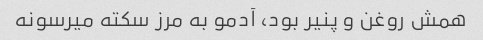
همش روغن و پنیر بود، آدمو به مرز سکته میرسونه